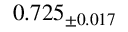
0 . 7 2 5 _ { \pm 0 . 0 1 7 }